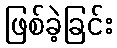
ဖြစ်ခဲ့ခြင်း